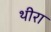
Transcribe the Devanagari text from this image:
थीरा